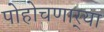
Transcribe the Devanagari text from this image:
पोहोचणार्‍या